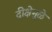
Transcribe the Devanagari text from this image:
दीक्षेमुळे